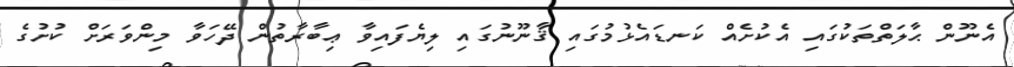
އެނޫން ޙާލަތްތަކުގައި އެކުށެއް ކަނޑައެޅުމުގައި ޤާނޫނުގައި ލިޔެފައިވާ ޢިބާރާތުން ދޭހަވާ މިންވަރަށް ކުށުގެ